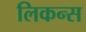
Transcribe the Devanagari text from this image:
लिकन्स